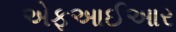
એફઆઈઆર